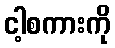
ငါ့စကားကို